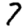
Digit: 7